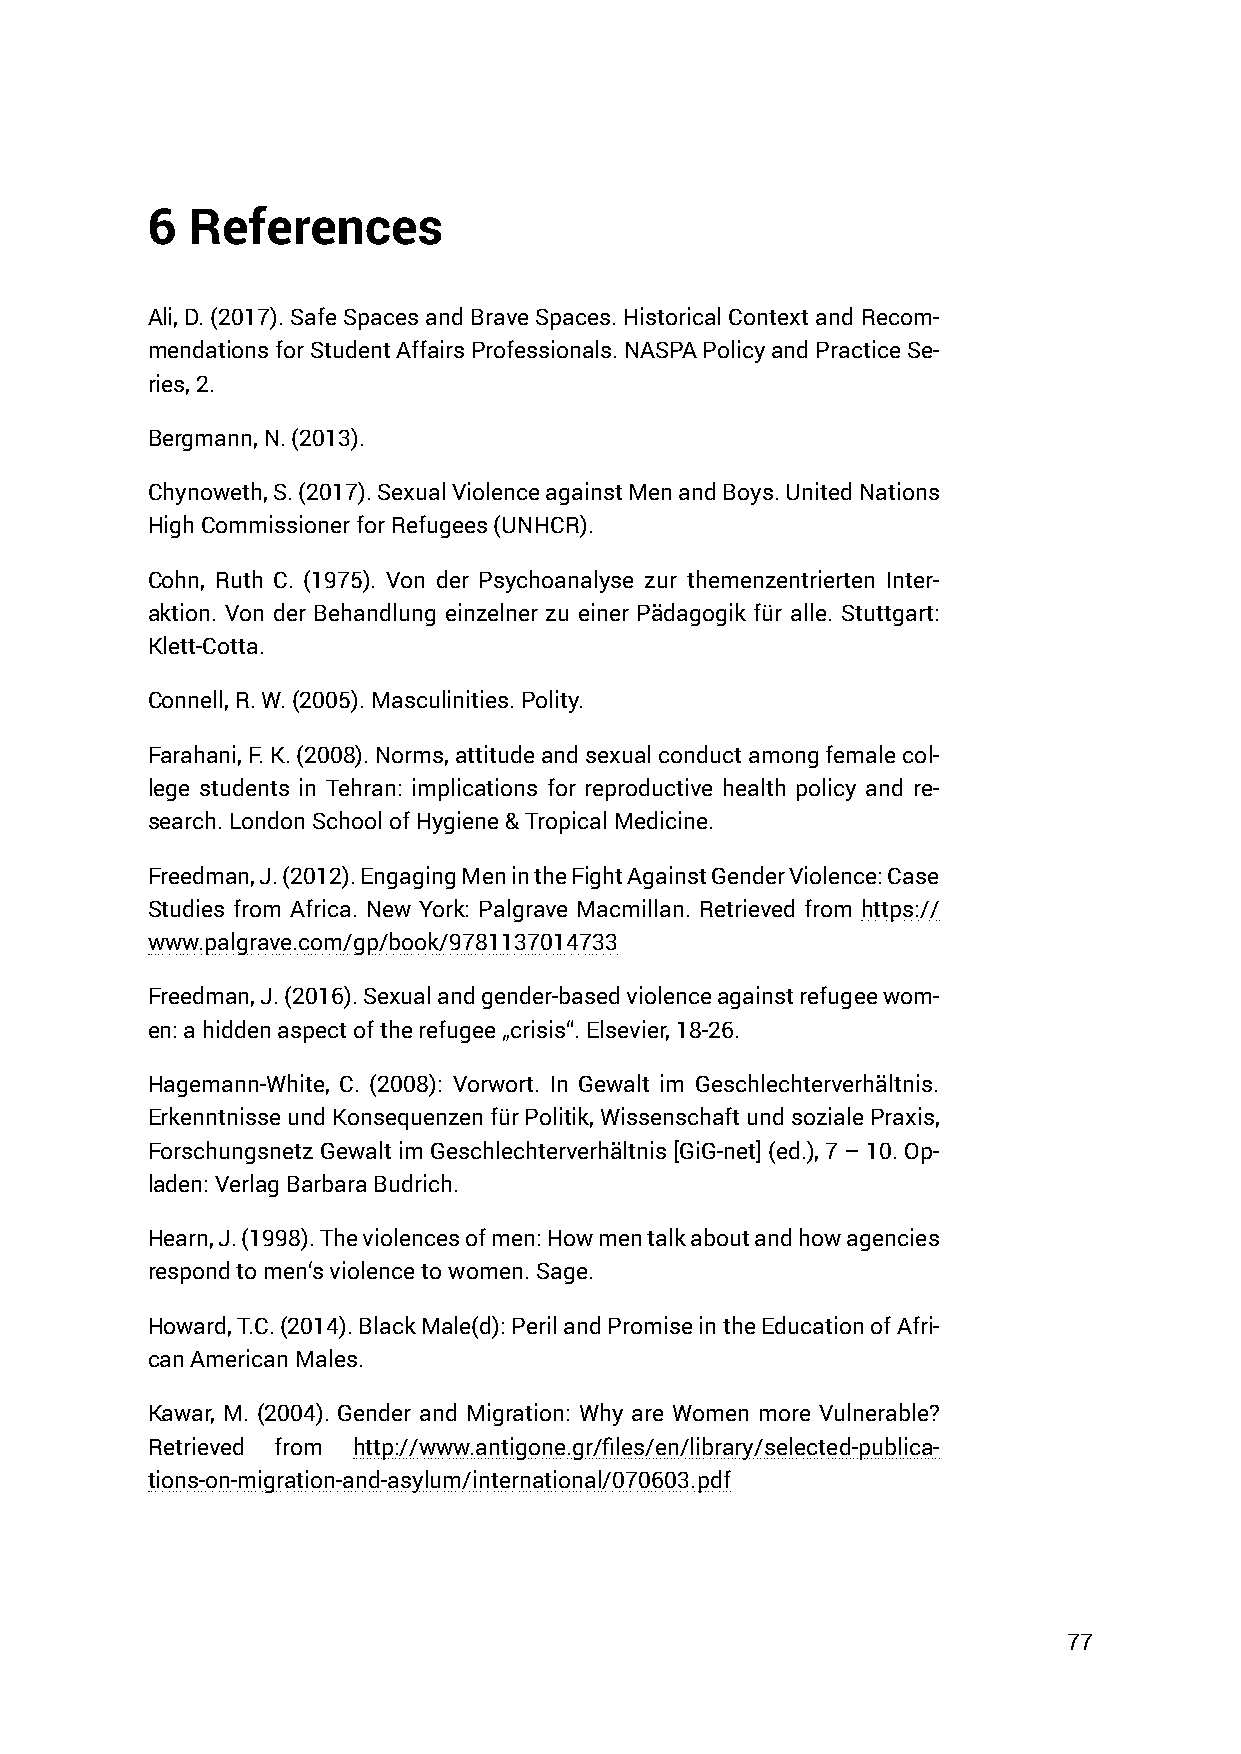
6 References
 Ali, D. (2017). Safe Spaces and Brave Spaces. Historical Context and Recom-
 mendations for Student Affairs Professionals. NASPA Policy and Practice Se-
 ries, 2.
 Bergmann, N. (2013).
 Chynoweth, S. (2017). Sexual Violence against Men and Boys. United Nations
 High Commissioner for Refugees (UNHCR).
 Cohn, Ruth C. (1975). Von der Psychoanalyse zur themenzentrierten Inter-
 aktion. Von der Behandlung einzelner zu einer Pädagogik für alle. Stuttgart:
 Klett-Cotta.
 Connell, R. W. (2005). Masculinities. Polity.
 Farahani, F. K. (2008). Norms, attitude and sexual conduct among female col-
 lege students in Tehran: implications for reproductive health policy and re-
 search. London School of Hygiene & Tropical Medicine.
 Freedman, J. (2012). Engaging Men in the Fight Against Gender Violence: Case
 Studies from Africa. New York: Palgrave Macmillan. Retrieved from https://
 www.palgrave.com/gp/book/9781137014733
 Freedman, J. (2016). Sexual and gender-based violence against refugee wom-
 en: a hidden aspect of the refugee „crisis“. Elsevier, 18-26.
 Hagemann-White, C. (2008): Vorwort. In Gewalt im Geschlechterverhältnis.
 Erkenntnisse und Konsequenzen für Politik, Wissenschaft und soziale Praxis,
 Forschungsnetz Gewalt im Geschlechterverhältnis [GiG-net] (ed.), 7 – 10. Op-
 laden: Verlag Barbara Budrich.
 Hearn, J. (1998). The violences of men: How men talk about and how agencies
 respond to men‘s violence to women. Sage.
 Howard, T.C. (2014). Black Male(d): Peril and Promise in the Education of Afri-
 can American Males.
 Kawar, M. (2004). Gender and Migration: Why are Women more Vulnerable?
 Retrieved from http://www.antigone.gr/files/en/library/selected-publica-
 tions-on-migration-and-asylum/international/070603.pdf
 77